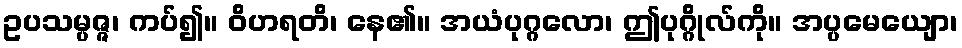
ဥပသမ္ပဇ္ဇ၊ ကပ်၍။ ဝိဟရတိ၊ နေ၏။ အယံပုဂ္ဂလော၊ ဤပုဂ္ဂိုလ်ကို။ အပ္ပမေယျော၊